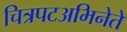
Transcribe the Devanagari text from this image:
चित्रपटअभिनेते